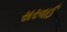
સરવઈ